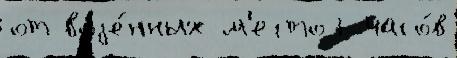
от воjе́нных м'есто7 часо́в